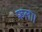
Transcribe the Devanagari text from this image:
फला।